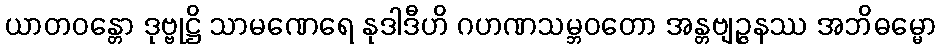
ယာတဝန္တော ဒုဗ္ဗုဋ္ဌိ သာမဏေရေ နုဒါဒီဟိ ဂဟဏသမ္ဘဝတော အန္တဗျဉ္ဇနဿ အဘိဓမ္မော